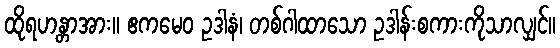
ထိုရဟန္တာအား။ ဧကမေဝ ဥဒါနံ၊ တစ်ဂါထာသော ဥဒါန်းစကားကိုသာလျှင်။